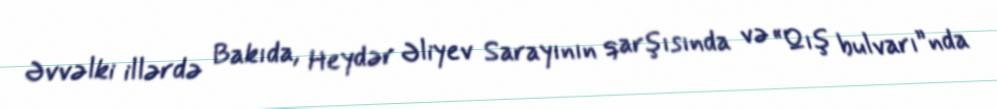
Əvvəlki illərdə Bakıda, Heydər Əliyev Sarayının qarşısında və “Qış bulvarı”nda